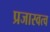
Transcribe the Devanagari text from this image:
प्रजास्वत्व